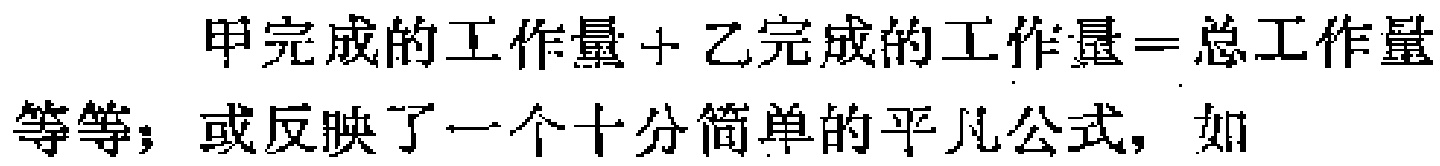
甲完成的工作量+乙完成的工作量=总工作量等等；或反映了一个十分简单的平凡公式，如